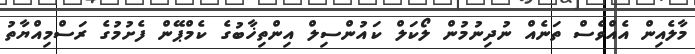
މާލެއިން އެއްވެސް ތަނެއް ނުދިނުމުން ލޯކަލް ކައުންސިލް އިންތިޚާބުގެ ކެމްޕޭން ފެށުމުގެ ރަސްމިއްޔާތު